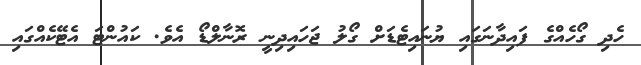
ހެދި ގޯހެއްގެ ފައިދާނަގައި ޔުނައިޓެޑަށް ގޯލު ޖަހައިދިނީ ރޮނާލްޑޯ އެވެ. ކައުންޓަ އެޓޭކެއްގައި